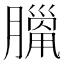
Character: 𦠼